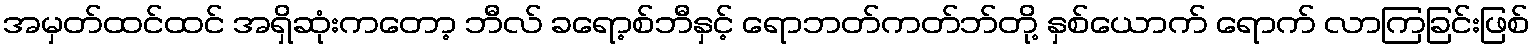
အမှတ်ထင်ထင် အရှိဆုံးကတော့ ဘီလ် ခရော့စ်ဘီနှင့် ရောဘတ်ကတ်ဘ်တို့ နှစ်ယောက် ရောက် လာကြခြင်းဖြစ်